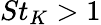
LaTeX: St_{K}>1